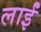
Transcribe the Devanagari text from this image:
लाईं